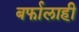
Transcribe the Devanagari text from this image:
बर्फालाही